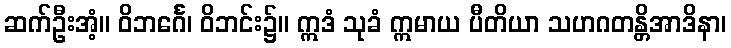
ဆက်ဦးအံ့။ ဝိဘင်္ဂေ၊ ဝိဘင်း၌။ ဣဒံ သုခံ ဣမာယ ပီတိယာ သဟဂတန္တိအာဒိနာ၊